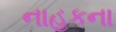
નાહકના